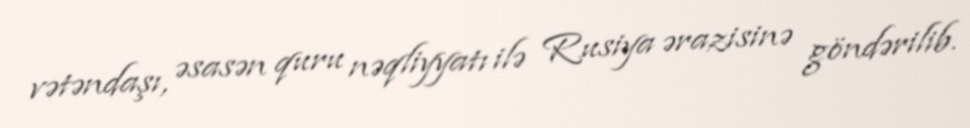
vətəndaşı, əsasən quru nəqliyyatı ilə Rusiya ərazisinə göndərilib.